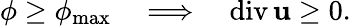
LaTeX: \phi\geq\phi_{\mathrm{max}}\quad\Longrightarrow\quad\mathrm{div}\, {\mathbf u}\geq 0.